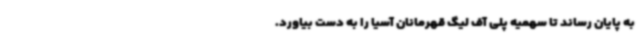
به پایان رساند تا سهمیه پلی آف لیگ قهرمانان آسیا را به دست بیاورد.